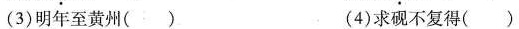
(3)明年至黄州() (4)求砚不复得()